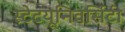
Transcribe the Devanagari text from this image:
स्टेटयूनिवर्सिटी